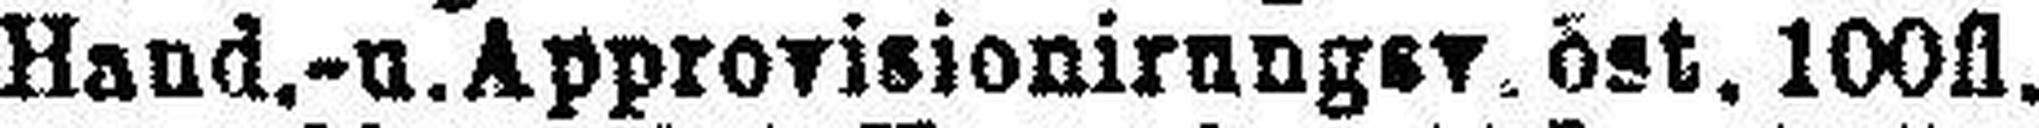
Hand.- u. Approvisionirunger, öst. 100fl.